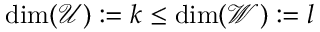
\dim ( { \mathcal { U } } ) : = k \leq \dim ( { \mathcal { W } } ) : = l